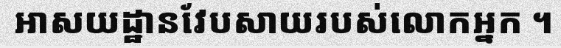
អាសយដ្ឋានវែបសាយរបស់លោកអ្នក ។